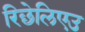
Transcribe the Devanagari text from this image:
रिछेलिएउ